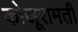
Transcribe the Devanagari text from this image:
कोजूरामती